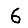
Digit: 6